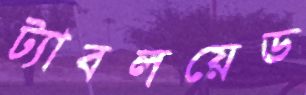
ট্যাবলয়েড